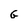
Character: G